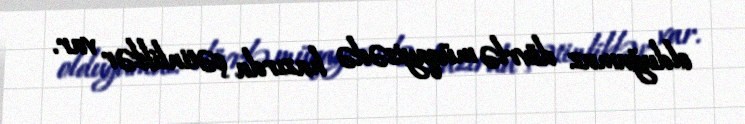
olduğumuz dövrlə müqayisədə hazırda çətinliklər var.